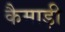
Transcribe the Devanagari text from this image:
कैमाड़ी